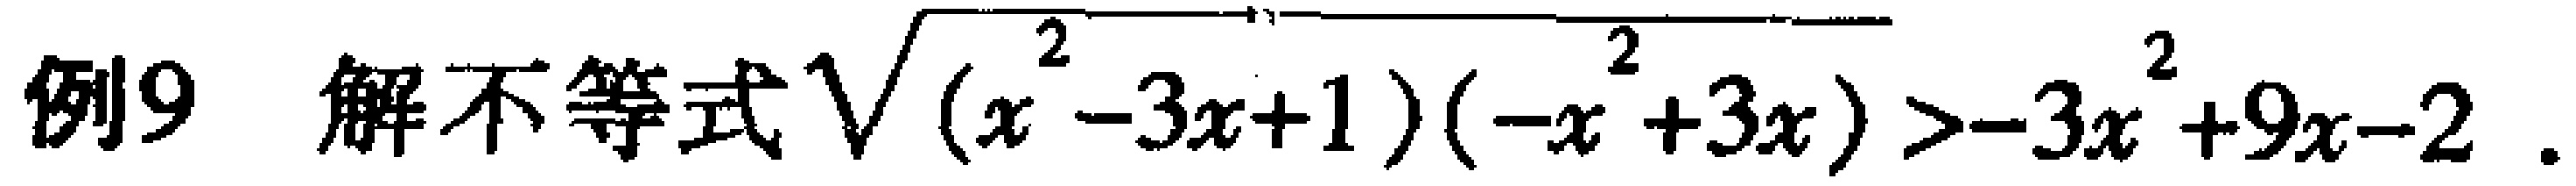
例9 解不等式$\sqrt{(x^{2}-3x + 1)(-x^{2}+3x)}>-3x^{2}+9x - 2$ 。